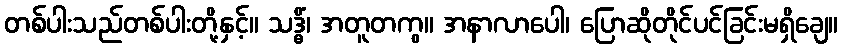
တစ်ပါးသည်တစ်ပါးတို့နှင့်။ သဒ္ဓိံ၊ အတူတကွ။ အနာလာပေါ၊ ပြောဆိုတိုင်ပင်ခြင်းမရှိချေ။